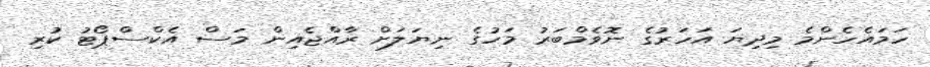
ހަމައެހެންމެ މިދިޔަ އަހަރުގެ ނޮވެމްބަރު މަހުގެ ނިޔަލަށް ރާއްޖެއިން މަސް އެކްސްޕޯޓު ކުރި